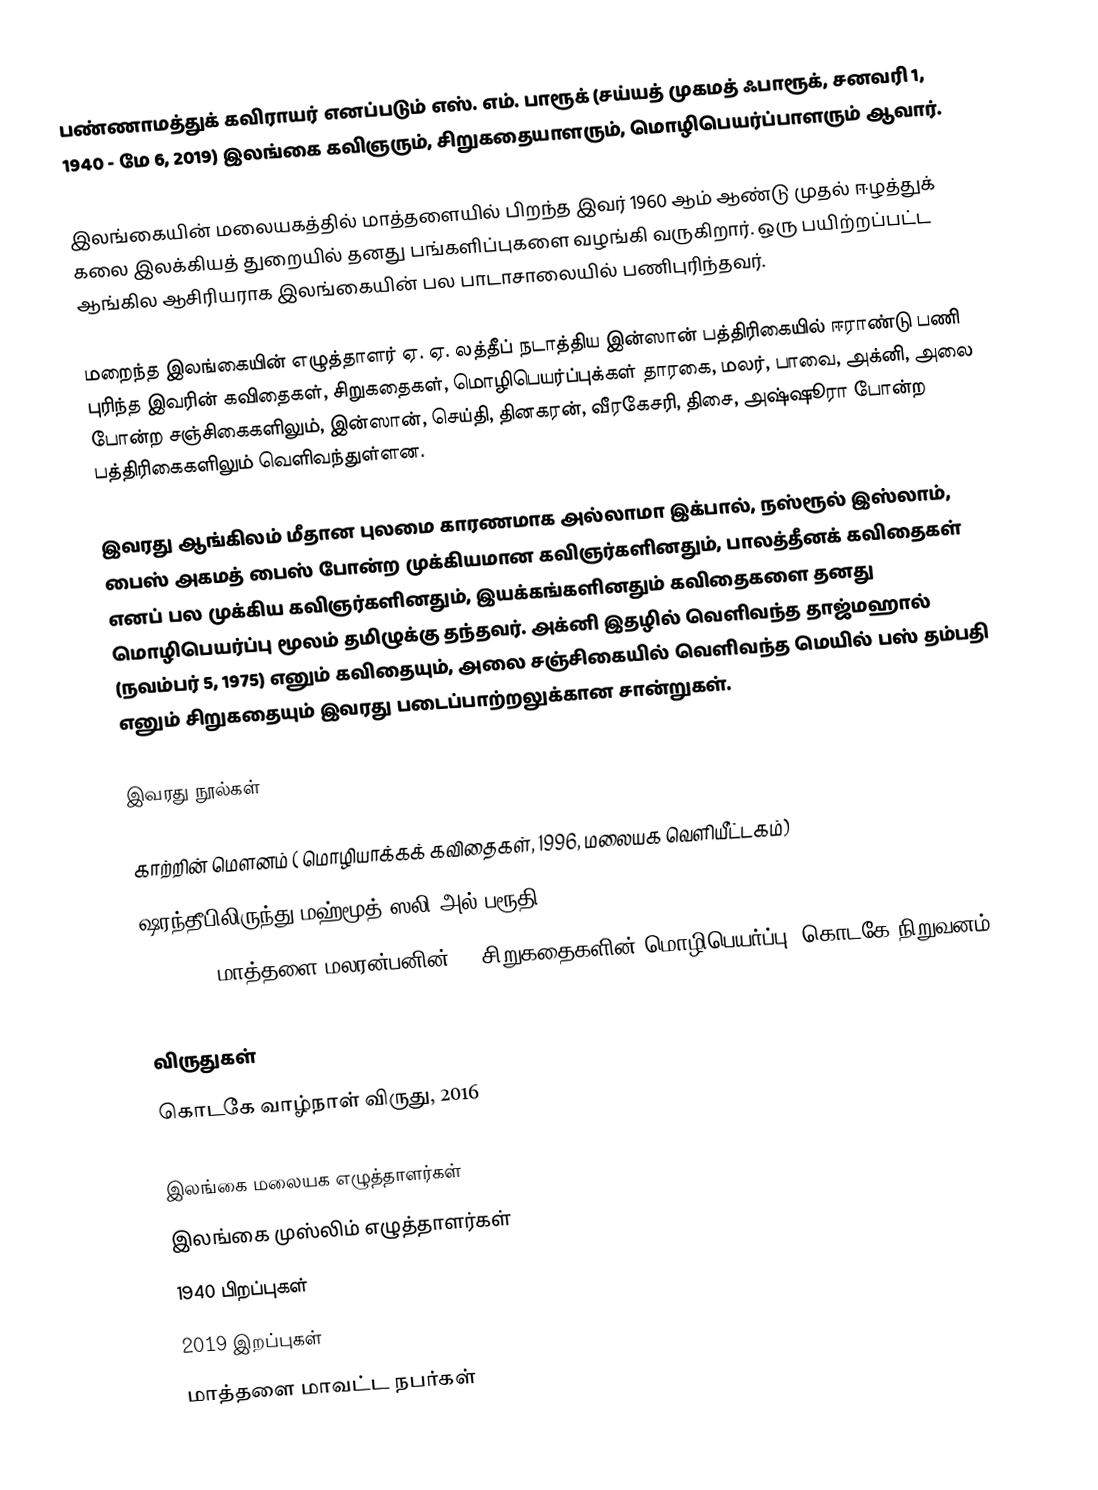
பண்ணாமத்துக் கவிராயர் எனப்படும் எஸ். எம். பாரூக் (சய்யத் முகமத் ஃபாரூக், சனவரி 1, 1940 - மே 6, 2019) இலங்கை கவிஞரும், சிறுகதையாளரும், மொழிபெயர்ப்பாளரும் ஆவார்.

இலங்கையின் மலையகத்தில் மாத்தளையில் பிறந்த இவர் 1960 ஆம் ஆண்டு முதல் ஈழத்துக் கலை இலக்கியத் துறையில் தனது பங்களிப்புகளை வழங்கி வருகிறார். ஒரு பயிற்றப்பட்ட ஆங்கில ஆசிரியராக இலங்கையின் பல பாடாசாலையில் பணிபுரிந்தவர்.

மறைந்த இலங்கையின் எழுத்தாளர் ஏ. ஏ. லத்தீப் நடாத்திய இன்ஸான் பத்திரிகையில் ஈராண்டு பணி புரிந்த இவரின் கவிதைகள், சிறுகதைகள், மொழிபெயர்ப்புக்கள் தாரகை, மலர், பாவை, அக்னி, அலை போன்ற சஞ்சிகைகளிலும், இன்ஸான், செய்தி, தினகரன், வீரகேசரி, திசை, அஷ்ஷூரா போன்ற பத்திரிகைகளிலும் வெளிவந்துள்ளன.

இவரது ஆங்கிலம் மீதான புலமை காரணமாக அல்லாமா இக்பால், நஸ்ரூல் இஸ்லாம், பைஸ் அகமத் பைஸ் போன்ற முக்கியமான கவிஞர்களினதும், பாலத்தீனக் கவிதைகள் எனப் பல முக்கிய கவிஞர்களினதும், இயக்கங்களினதும் கவிதைகளை தனது மொழிபெயர்ப்பு மூலம் தமிழுக்கு தந்தவர். அக்னி இதழில் வெளிவந்த தாஜ்மஹால் (நவம்பர் 5, 1975) எனும் கவிதையும், அலை சஞ்சிகையில் வெளிவந்த மெயில் பஸ் தம்பதி எனும் சிறுகதையும் இவரது படைப்பாற்றலுக்கான சான்றுகள்.

இவரது நூல்கள்

 காற்றின் மௌனம் ( மொழியாக்கக் கவிதைகள், 1996, மலையக வெளியீட்டகம்)
 ஷரந்தீபிலிருந்து மஹ்மூத் ஸலி அல் பரூதி (2002)
 Genesis (மாத்தளை மலரன்பனின் 14 சிறுகதைகளின் மொழிபெயர்ப்பு, கொடகே நிறுவனம், 2014)

விருதுகள்
 கொடகே வாழ்நாள் விருது, 2016

இலங்கை மலையக எழுத்தாளர்கள்
இலங்கை முஸ்லிம் எழுத்தாளர்கள்
1940 பிறப்புகள்
2019 இறப்புகள்
மாத்தளை மாவட்ட நபர்கள்